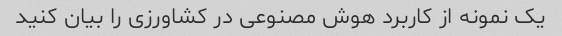
یک نمونه از کاربرد هوش مصنوعی در کشاورزی را بیان کنید